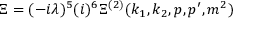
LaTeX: \Xi = ( - i \lambda ) ^ { 5 } ( i ) ^ { 6 } \Xi ^ { ( 2 ) } ( k _ { 1 } , k _ { 2 } , p , p ^ { \prime } , m ^ { 2 } )